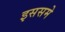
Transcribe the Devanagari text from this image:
इससमे